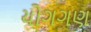
યોગગણ